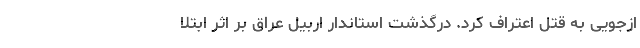
ازجویی به قتل اعتراف کرد. درگذشت استاندار اربیل عراق بر اثر ابتلا